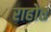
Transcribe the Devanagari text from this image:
राहोत